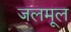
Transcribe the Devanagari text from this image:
जलमूल